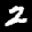
Label: 2